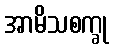
အာမိသစက္ခု